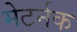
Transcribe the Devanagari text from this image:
मेटर्नक